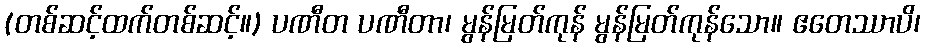
(တစ်ဆင့်ထက်တစ်ဆင့်။) ပဏီတ ပဏီတာ၊ မွန်မြတ်ကုန် မွန်မြတ်ကုန်သော။ ဧတေဿာပိ၊